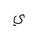
Letter: _ya